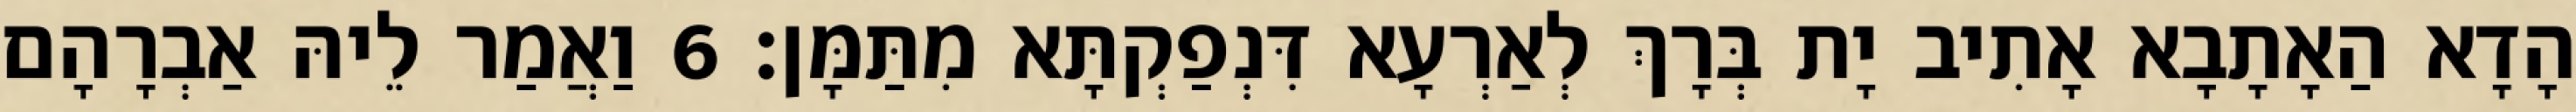
הָדָא הַאָתָבָא אָתִיב יָת בְּרָךְ לְאַרְעָא דִּנְפַקְתָּא מִתַּמָּן׃ 6 וַאֲמַר לֵיהּ אַבְרָהָם